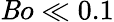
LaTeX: \mathit{B}o\ll0.1